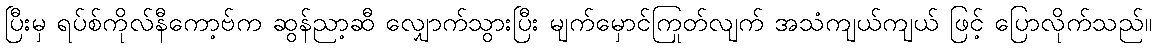
ပြီးမှ ရပ်စ်ကိုလ်နီကော့ဗ်က ဆွန်ညာ့ဆီ လျှောက်သွားပြီး မျက်မှောင်ကြုတ်လျက် အသံကျယ်ကျယ် ဖြင့် ပြောလိုက်သည်။